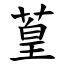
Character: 葟